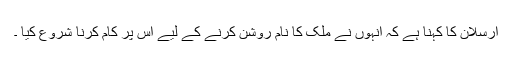
ارسلان کا کہنا ہے کہ انہوں نے ملک کا نام روشن کرنے کے لیے اس پر کام کرنا شروع کیا ۔